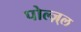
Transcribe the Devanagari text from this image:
पोल्ज़्ल